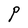
Character: P